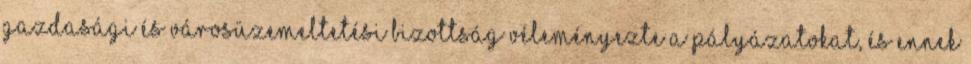
Gazdasági és Városüzemeltetési Bizottság véleményezte a pályázatokat, és ennek